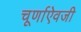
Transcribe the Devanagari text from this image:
चूर्णाऐवजी